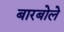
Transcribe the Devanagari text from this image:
बारबोले